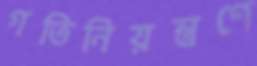
গতিনিয়ন্ত্রণে